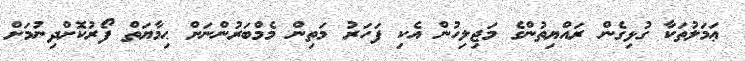
ޢަމަލުތަކާ ގުޅިގެން ރައްޔިތުންގެ މަޖިލިހުން އެކި ފަހަރު މަތިން މެމްބަރުންނަށް ޙިމާޔަތް ފޯރުކޮށްދިނުމަށް